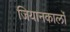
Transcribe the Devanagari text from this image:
जियानकार्लो